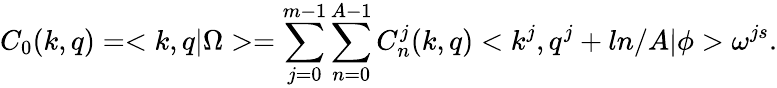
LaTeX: C_{0}(k,q)=<k,q|\Omega>=\sum_{j=0}^{m-1}\sum_{n=0}^{A-1}C_{n}^{j}(k,q)<k^{j},q^{j}+ln/A|\phi>\omega^{js}.